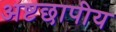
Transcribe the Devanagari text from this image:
अष्टछापीय